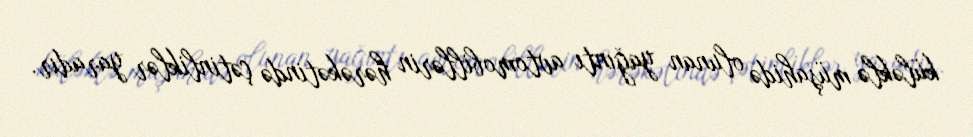
küləklə müşahidə olunan yağıntı avtomobillərin hərəkətində çətinliklər yaradır.